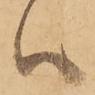
ハ